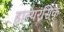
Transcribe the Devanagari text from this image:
हास्यरसिक